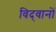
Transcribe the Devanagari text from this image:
विद्‍वानों